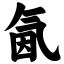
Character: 氤